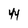
Character: 4